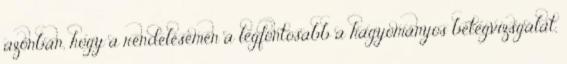
azonban, hogy a rendelésemen a legfontosabb a hagyományos betegvizsgálat,